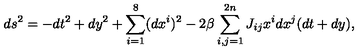
d s ^ { 2 } = - d t ^ { 2 } + d y ^ { 2 } + \sum _ { i = 1 } ^ { 8 } ( d x ^ { i } ) ^ { 2 } - 2 \beta \sum _ { i , j = 1 } ^ { 2 n } J _ { i j } x ^ { i } d x ^ { j } ( d t + d y ) ,